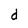
Character: d